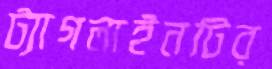
ট্যাগলাইনটির